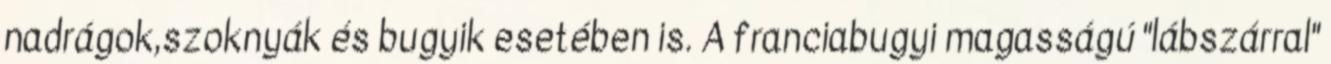
nadrágok,szoknyák és bugyik esetében is. A franciabugyi magasságú "lábszárral"